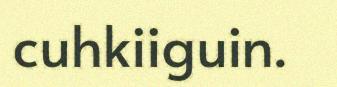
cuhkiiguin.